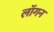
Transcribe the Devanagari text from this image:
लॉगन